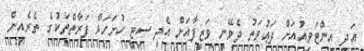
އަދި އިންޓަވިއުއަށް ދަޢުވަތު ދެވޭނީ ވަޒީފާއަށް އެދި ސިޓީ ހުށަހަޅާ ފަރާތްތަކުގެ ތެރެއިން